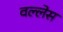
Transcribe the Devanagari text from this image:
वल्लेस